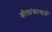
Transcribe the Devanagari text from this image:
शीलांकाचार्य